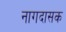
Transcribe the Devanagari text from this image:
नागदासक